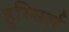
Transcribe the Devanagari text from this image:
हुस्सिर्ल